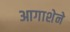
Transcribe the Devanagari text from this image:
आगाशेने